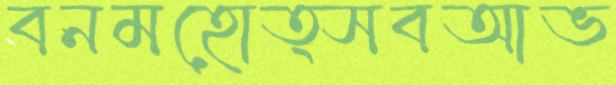
বনমহোত্সবআভ